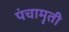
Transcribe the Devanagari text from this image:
पंचामृती